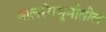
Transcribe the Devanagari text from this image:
बालरंगभूमीतील